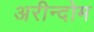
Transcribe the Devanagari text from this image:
अरीन्दोम